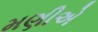
મણીએ